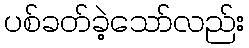
ပစ်ခတ်ခဲ့သော်လည်း